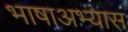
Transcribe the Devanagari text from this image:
भाषाअभ्यास